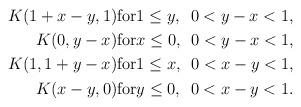
LaTeX: \begin{align*} K(1+x-y,1) & \textrm{for} 1 \leq y, \enskip 0 < y - x < 1, \\ K(0,y-x) & \textrm{for} x \leq 0, \enskip 0 < y - x < 1, \\ K(1,1+y-x) & \textrm{for} 1 \leq x, \enskip 0 < x - y < 1, \\ K(x-y,0) & \textrm{for} y \leq 0, \enskip 0 < x - y < 1. \end{align*}